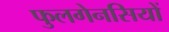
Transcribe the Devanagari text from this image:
फुलगेनसियों